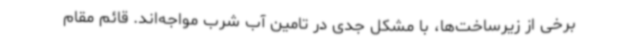
برخی از زیرساخت‌ها، با مشکل جدی در تامین آب شرب مواجه‌اند. قائم مقام